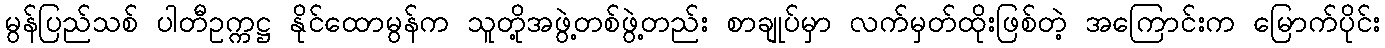
မွန်ပြည်သစ် ပါတီဥက္ကဋ္ဌ နိုင်ထောမွန်က သူတို့အဖွဲ့တစ်ဖွဲ့တည်း စာချုပ်မှာ လက်မှတ်ထိုးဖြစ်တဲ့ အကြောင်းက မြောက်ပိုင်း